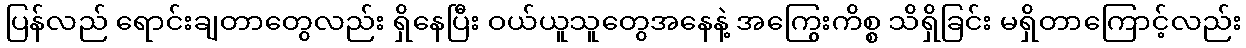
ပြန်လည် ရောင်းချတာတွေလည်း ရှိနေပြီး ဝယ်ယူသူတွေအနေနဲ့ အကြွေးကိစ္စ သိရှိခြင်း မရှိတာကြောင့်လည်း